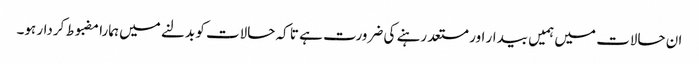
ان حالات میں ہمیں بیدار اور مستعد رہنے کی ضرورت ہے تا کہ حالات کو بدلنے میں ہمارا مضبوط کردار ہو۔